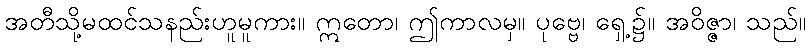
အတီသို့မထင်သနည်းဟူမူကား။ ဣတော၊ ဤကာလမှ။ ပုဗ္ဗေ၊ ရှေ့၌။ အဝိဇ္ဇာ၊ သည်။